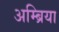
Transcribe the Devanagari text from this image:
अम्ब्रिया